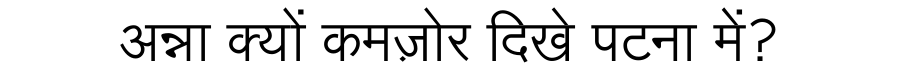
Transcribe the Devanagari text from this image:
अन्ना क्यों कमज़ोर दिखे पटना में?